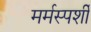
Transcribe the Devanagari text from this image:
मर्मस्‍पर्शी